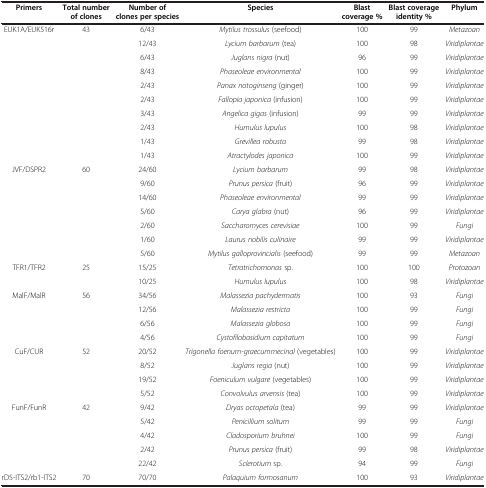
<table><thead><tr><td><b>Primers</b></td><td><b>Total number of clones</b></td><td><b>Number of clones per species</b></td><td><b>Species</b></td><td><b>Blast coverage %</b></td><td><b>Blast coverage identity %</b></td><td><b>Phylum</b></td></tr></thead><tbody><tr><td>EUK1A/EUK516r</td><td>43</td><td>6/43</td><td><i>Mytilus trossulus</i> (seefood)</td><td>100</td><td>99</td><td><i>Metazoan</i></td></tr><tr><td> </td><td> </td><td>12/43</td><td><i>Lycium barbarum</i> (tea)</td><td>100</td><td>98</td><td><i>Viridiplantae</i></td></tr><tr><td> </td><td> </td><td>6/43</td><td><i>Juglans nigra</i> (nut)</td><td>96</td><td>99</td><td><i>Viridiplantae</i></td></tr><tr><td> </td><td> </td><td>8/43</td><td><i>Phaseoleae environmental</i></td><td>100</td><td>99</td><td><i>Viridiplantae</i></td></tr><tr><td> </td><td> </td><td>2/43</td><td><i>Panax notoginseng</i> (ginger)</td><td>100</td><td>99</td><td><i>Viridiplantae</i></td></tr><tr><td> </td><td> </td><td>2/43</td><td><i>Fallopia japonica</i> (infusion)</td><td>100</td><td>99</td><td><i>Viridiplantae</i></td></tr><tr><td> </td><td> </td><td>3/43</td><td><i>Angelica gigas</i> (infusion)</td><td>99</td><td>99</td><td><i>Viridiplantae</i></td></tr><tr><td> </td><td> </td><td>2/43</td><td><i>Humulus lupulus</i></td><td>100</td><td>98</td><td><i>Viridiplantae</i></td></tr><tr><td> </td><td> </td><td>1/43</td><td><i>Grevillea robusta</i></td><td>99</td><td>98</td><td><i>Viridiplantae</i></td></tr><tr><td> </td><td> </td><td>1/43</td><td><i>Atractylodes japonica</i></td><td>100</td><td>99</td><td><i>Viridiplantae</i></td></tr><tr><td>JVF/DSPR2</td><td>60</td><td>24/60</td><td><i>Lycium barbarum</i></td><td>99</td><td>98</td><td><i>Viridiplantae</i></td></tr><tr><td> </td><td> </td><td>9/60</td><td><i>Prunus persica</i> (fruit)</td><td>96</td><td>99</td><td><i>Viridiplantae</i></td></tr><tr><td> </td><td> </td><td>14/60</td><td><i>Phaseoleae environmental</i></td><td>99</td><td>99</td><td><i>Viridiplantae</i></td></tr><tr><td> </td><td> </td><td>5/60</td><td><i>Carya glabra</i> (nut)</td><td>96</td><td>99</td><td><i>Viridiplantae</i></td></tr><tr><td> </td><td> </td><td>2/60</td><td><i>Saccharomyces cerevisiae</i></td><td>100</td><td>99</td><td><i>Fungi</i></td></tr><tr><td> </td><td> </td><td>1/60</td><td><i>Laurus nobilis culinaire</i></td><td>99</td><td>99</td><td><i>Viridiplantae</i></td></tr><tr><td> </td><td> </td><td>5/60</td><td><i>Mytilus galloprovincialis</i> (seefood)</td><td>99</td><td>99</td><td><i>Metazoan</i></td></tr><tr><td>TFR1/TFR2</td><td>25</td><td>15/25</td><td><i>Tetratrichomonas</i> sp.</td><td>100</td><td>100</td><td><i>Protozoan</i></td></tr><tr><td> </td><td> </td><td>10/25</td><td><i>Humulus lupulus</i></td><td>100</td><td>98</td><td><i>Viridiplantae</i></td></tr><tr><td>MalF/MalR</td><td>56</td><td>34/56</td><td><i>Malassezia pachydermatis</i></td><td>100</td><td>93</td><td><i>Fungi</i></td></tr><tr><td> </td><td> </td><td>12/56</td><td><i>Malassezia restricta</i></td><td>100</td><td>99</td><td><i>Fungi</i></td></tr><tr><td> </td><td> </td><td>6/56</td><td><i>Malassezia globosa</i></td><td>100</td><td>99</td><td><i>Fungi</i></td></tr><tr><td> </td><td> </td><td>4/56</td><td><i>Cystofilobasidium capitatum</i></td><td>100</td><td>99</td><td><i>Fungi</i></td></tr><tr><td>CuF/CUR</td><td>52</td><td>20/52</td><td><i>Trigonella foenum-graecummecinal</i> (vegetables)</td><td>100</td><td>99</td><td><i>Viridiplantae</i></td></tr><tr><td> </td><td> </td><td>8/52</td><td><i>Juglans regia</i> (nut)</td><td>100</td><td>99</td><td><i>Viridiplantae</i></td></tr><tr><td> </td><td> </td><td>19/52</td><td><i>Foeniculum vulgare</i> (vegetables)</td><td>100</td><td>99</td><td><i>Viridiplantae</i></td></tr><tr><td> </td><td> </td><td>5/52</td><td><i>Convolvulus arvensis</i> (tea)</td><td>100</td><td>99</td><td><i>Viridiplantae</i></td></tr><tr><td>FunF/FunR</td><td>42</td><td>9/42</td><td><i>Dryas octopetala</i> (tea)</td><td>99</td><td>99</td><td><i>Viridiplantae</i></td></tr><tr><td> </td><td> </td><td>5/42</td><td><i>Penicillium solitum</i></td><td>99</td><td>99</td><td><i>Fungi</i></td></tr><tr><td> </td><td> </td><td>4/42</td><td><i>Cladosporium bruhnei</i></td><td>100</td><td>99</td><td><i>Fungi</i></td></tr><tr><td> </td><td> </td><td>2/42</td><td><i>Prunus persica</i> (fruit)</td><td>99</td><td>98</td><td><i>Viridiplantae</i></td></tr><tr><td> </td><td> </td><td>22/42</td><td><i>Sclerotium</i> sp.</td><td>94</td><td>99</td><td><i>Fungi</i></td></tr><tr><td>rD5-ITS2/rb1-ITS2</td><td>70</td><td>70/70</td><td><i>Palaquium formosanum</i></td><td>100</td><td>93</td><td><i>Viridiplantae</i></td></tr></tbody></table>